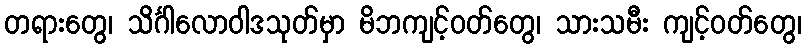
တရားတွေ၊ သိင်္ဂါလောဝါဒသုတ်မှာ မိဘကျင့်ဝတ်တွေ၊ သားသမီး ကျင့်ဝတ်တွေ၊